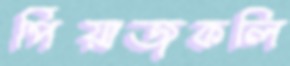
পিঁয়াজকলি